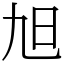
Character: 旭